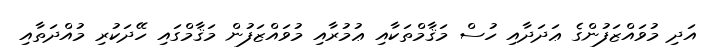
އަދި މުވައްޒަފުންގެ ޢަދަދާއި ހުސް މަޤާމްތަކާއި ޢުމުރާއި މުވައްޒަފުން މަޤާމްގައި ހޭދަކުރި މުއްދަތާއި